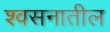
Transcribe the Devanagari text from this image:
श्वसनातील